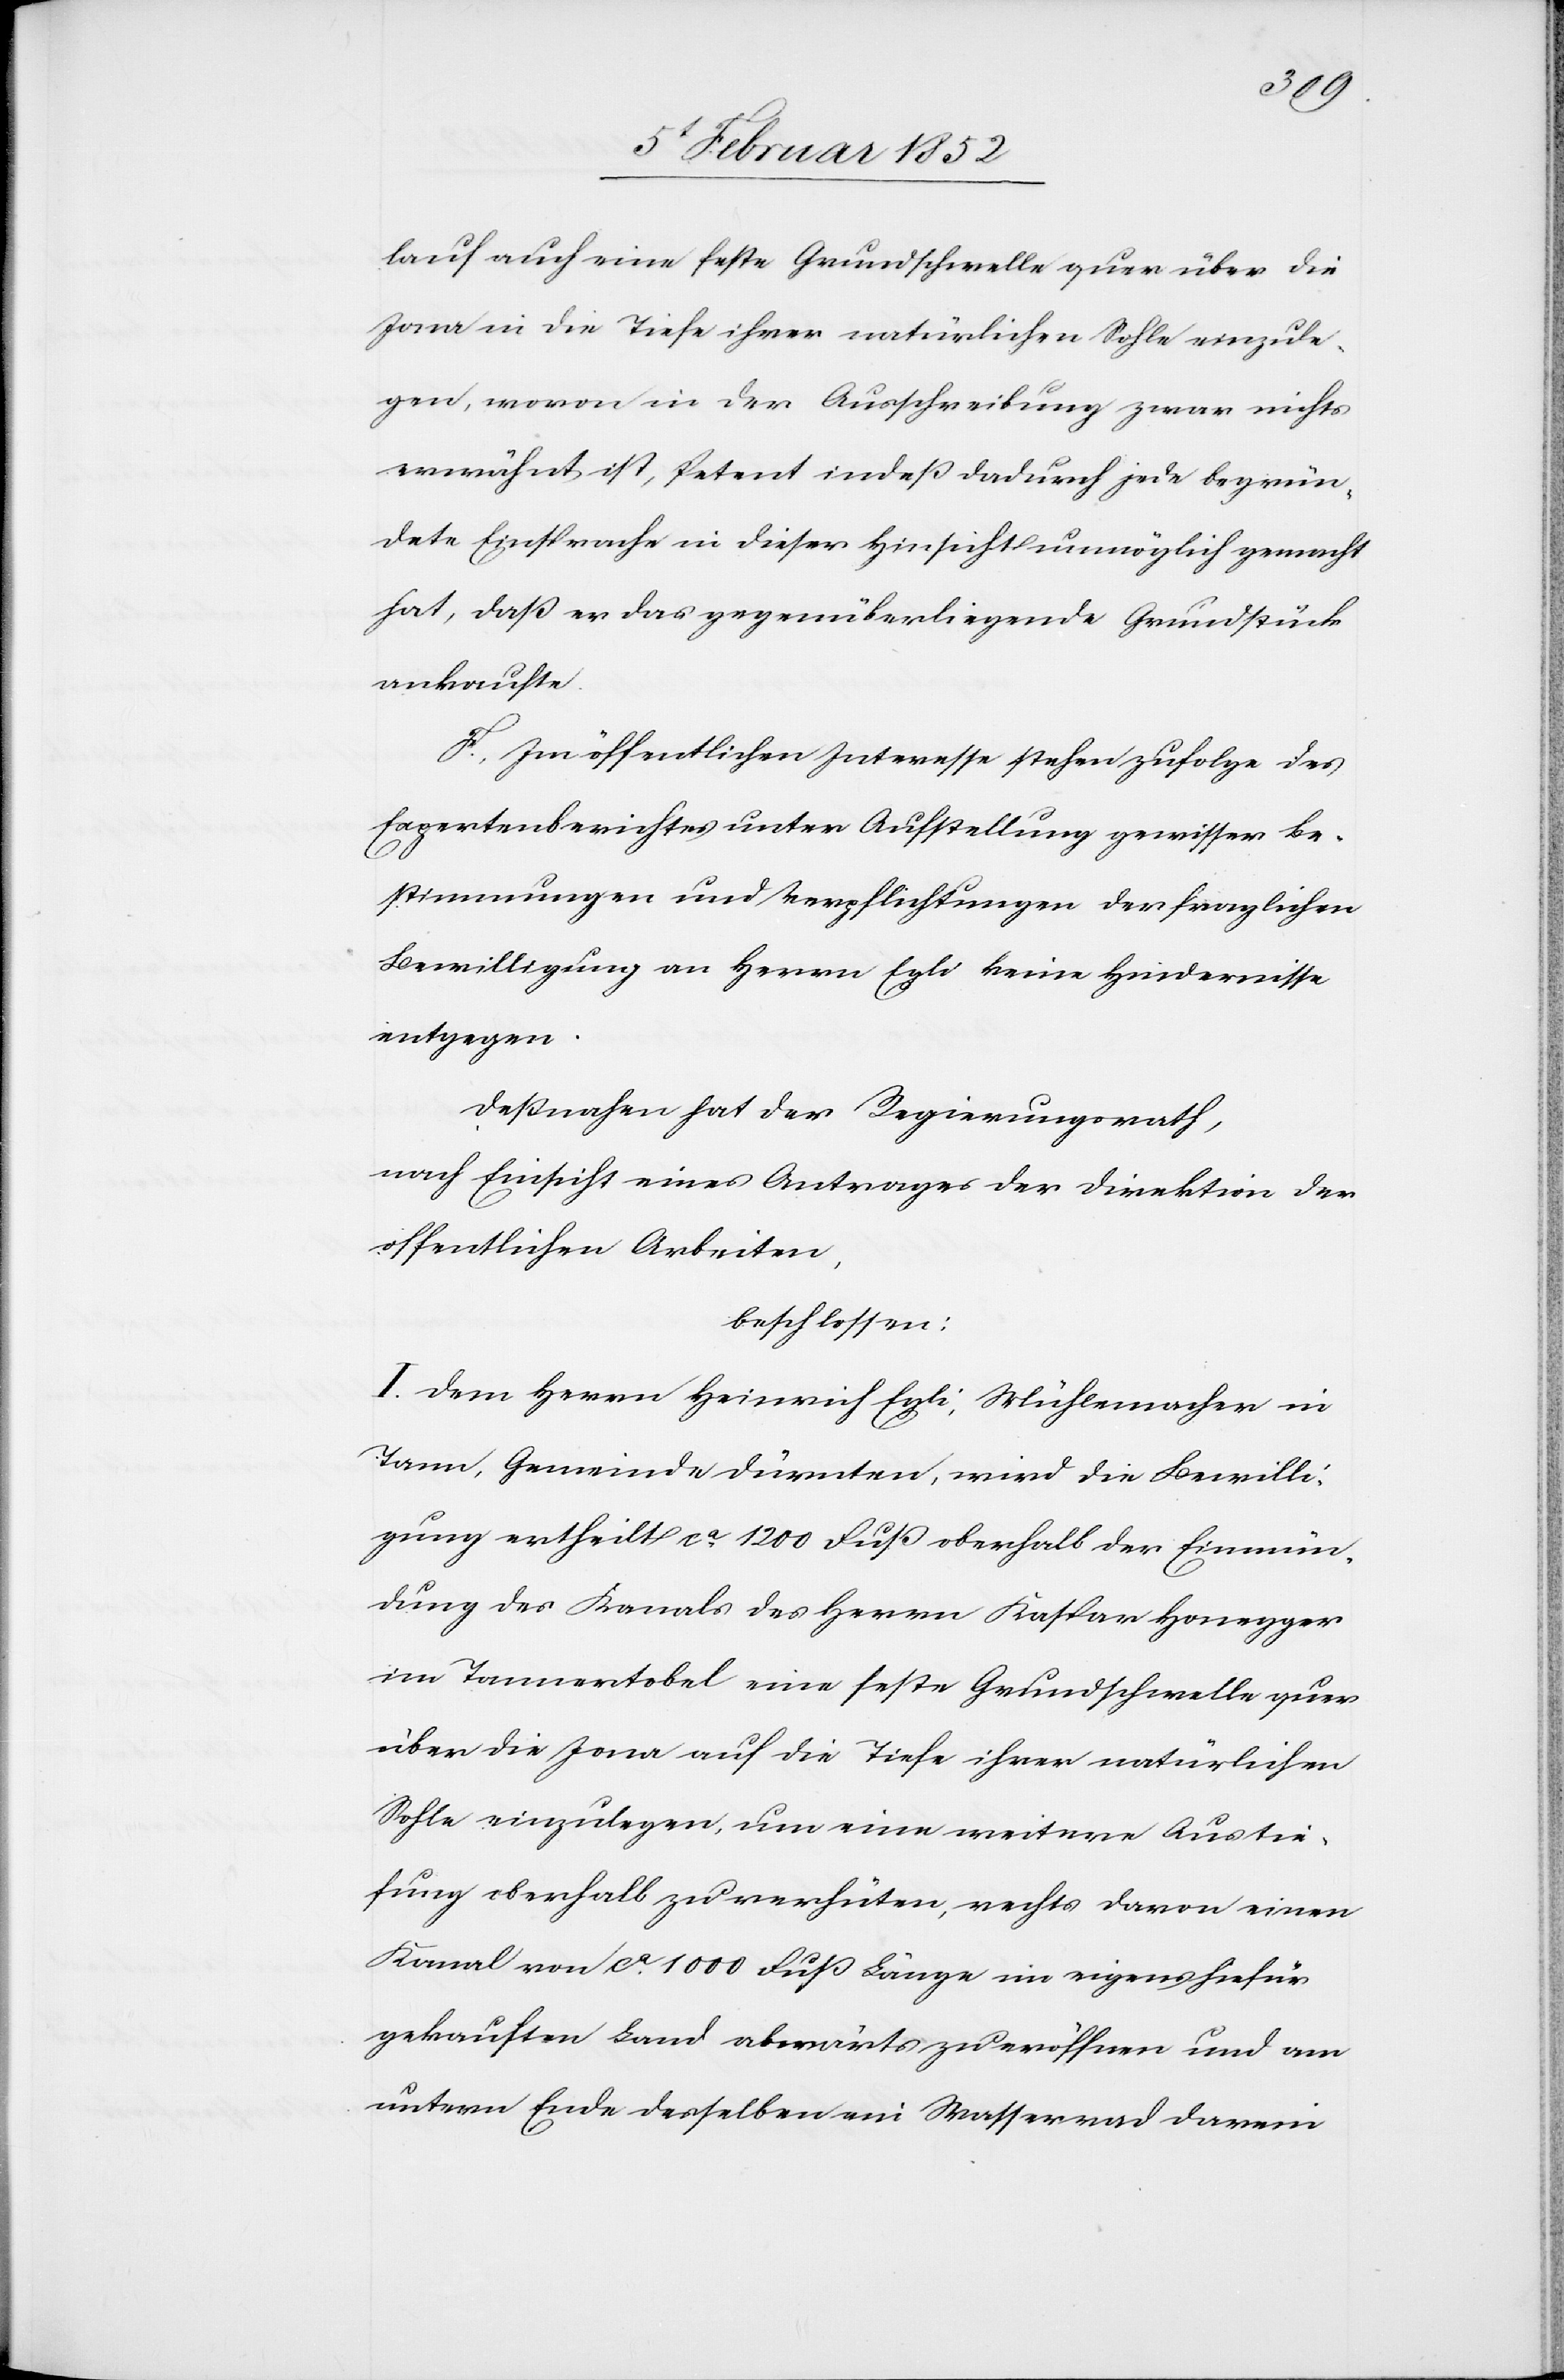
lauf auch eine feste Grundschwelle quer über die
Jona in die Tiefe ihrer natürlichen Sohle einzule¬
gen, wovon in der Ausschreitung zwar nichts
erwähnt, Petent indeß dadurch jede begrün¬
dete Einsprache in dieser Hinsicht unmöglich gemacht
hat, daß er das gegenüberliegende Grundstück
ankaufte.
F. Im öffentlichen Interesse stehen zufolge des
Expertenberichtes unter Aufstellung gewisser Be¬
stimmungen und Verpflichtungen der fraglichen
Bewilligung an Herrn Egli keine Hindernisse
entgegen.
Deßnahen hat der Regierungsrath,
nach Einsicht eines Antrages der Direktion der
öffentlichen Arbeiten,
beschlossen:
I. Dem Herrn Heinrich Egli, Mühlenmacher in
Tann, Gemeinde Dürnten, wird die Bewilli¬
gung ertheilt ca 1200 Fuß oberhalb der Einmün¬
dung des Kanals des Herrn Kaspar Honegger
im Tannertobel eine feste Grundschwelle quer
über die Jona auf die Tiefe ihrer natürlichen
Sohle einzulegen, um eine weitere Austie¬
fung oberhalb zu verhüten, rechts davon einen
Kanal von ca 1000 Fuß Länge im eigens hiefür
gekauften Land abwärts zu eröffnen und am
untern Ende desselben ein Wasserrad darein